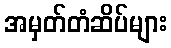
အမှတ်တံဆိပ်များ